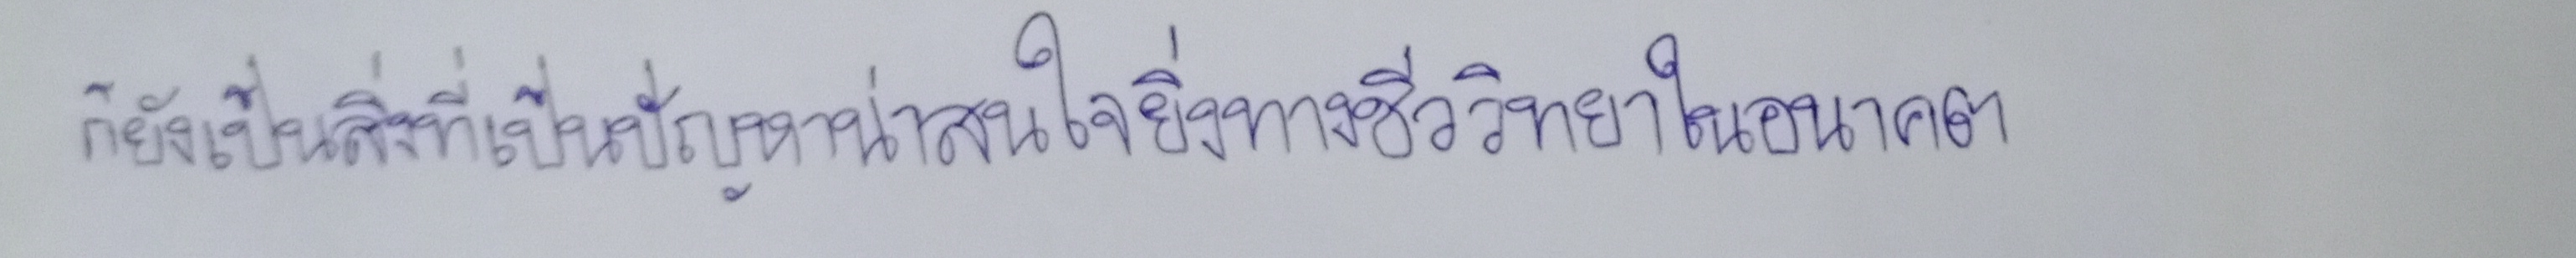
ก็ยังเป็นสิ่งที่เป็นปัญหาน่าสนใจยิ่งทางชีววิทยาในอนาคต